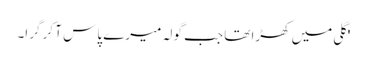
'گلی میں کھڑا تھا جب گولہ میرے پاس آ کر گرا۔